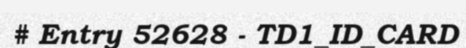
# Entry 52628 - TD1_ID_CARD